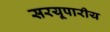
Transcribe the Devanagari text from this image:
सरयूपारीय